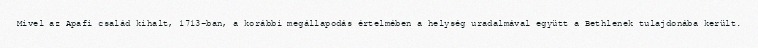
Mivel az Apafi család kihalt, 1713-ban, a korábbi megállapodás értelmében a helység uradalmával együtt a Bethlenek tulajdonába került.